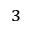
_ { 3 }